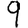
Digit: 9